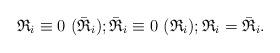
LaTeX: \begin{align*}\mathfrak{R}_{i} \equiv 0\ (\bar{\mathfrak{R}}_{i}); \bar{\mathfrak{R}}_{i} \equiv 0\ (\mathfrak{R}_{i}); \mathfrak{R}_{i} = \bar{\mathfrak{R}}_{i}.\end{align*}